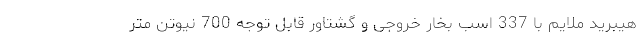
هیبرید ملایم با 337 اسب بخار خروجی و گشتاور قابل توجه 700 نیوتن متر